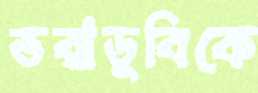
ভরাডুবিকে